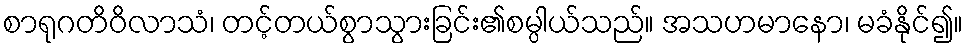
စာရုဂတိဝိလာသံ၊ တင့်တယ်စွာသွားခြင်း၏စမ္ပါယ်သည်။ အသဟမာနော၊ မခံနိုင်၍။